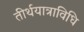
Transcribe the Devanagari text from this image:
तीर्थयात्राविधि